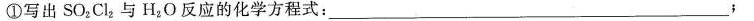
①写出SO_{2}Cl_{2}与H_{2}O反应的化学方程式___：